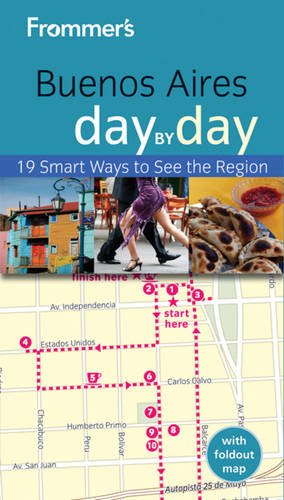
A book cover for Frommer's Buenos Aires Day by Day (Frommer's Day by Day - Pocket); Neil Edward Schlecht; Travel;